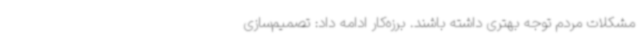
مشکلات مردم توجه بهتری داشته باشند. برزه‌کار ادامه داد: تصمیم‌سازی